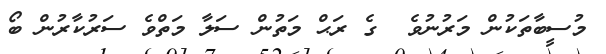
މުސީބާތަކުން މަރުނުވެ  ގެ ރަޙް މަތުން ސަލާ މަތްވެ ސަރުކާރުން ބޯ